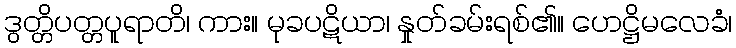
ဒွတ္တိပတ္တပူရာတိ၊ ကား။ မုခပဋိယာ၊ နှုတ်ခမ်းရစ်၏။ ဟေဋ္ဌိမလေခံ၊